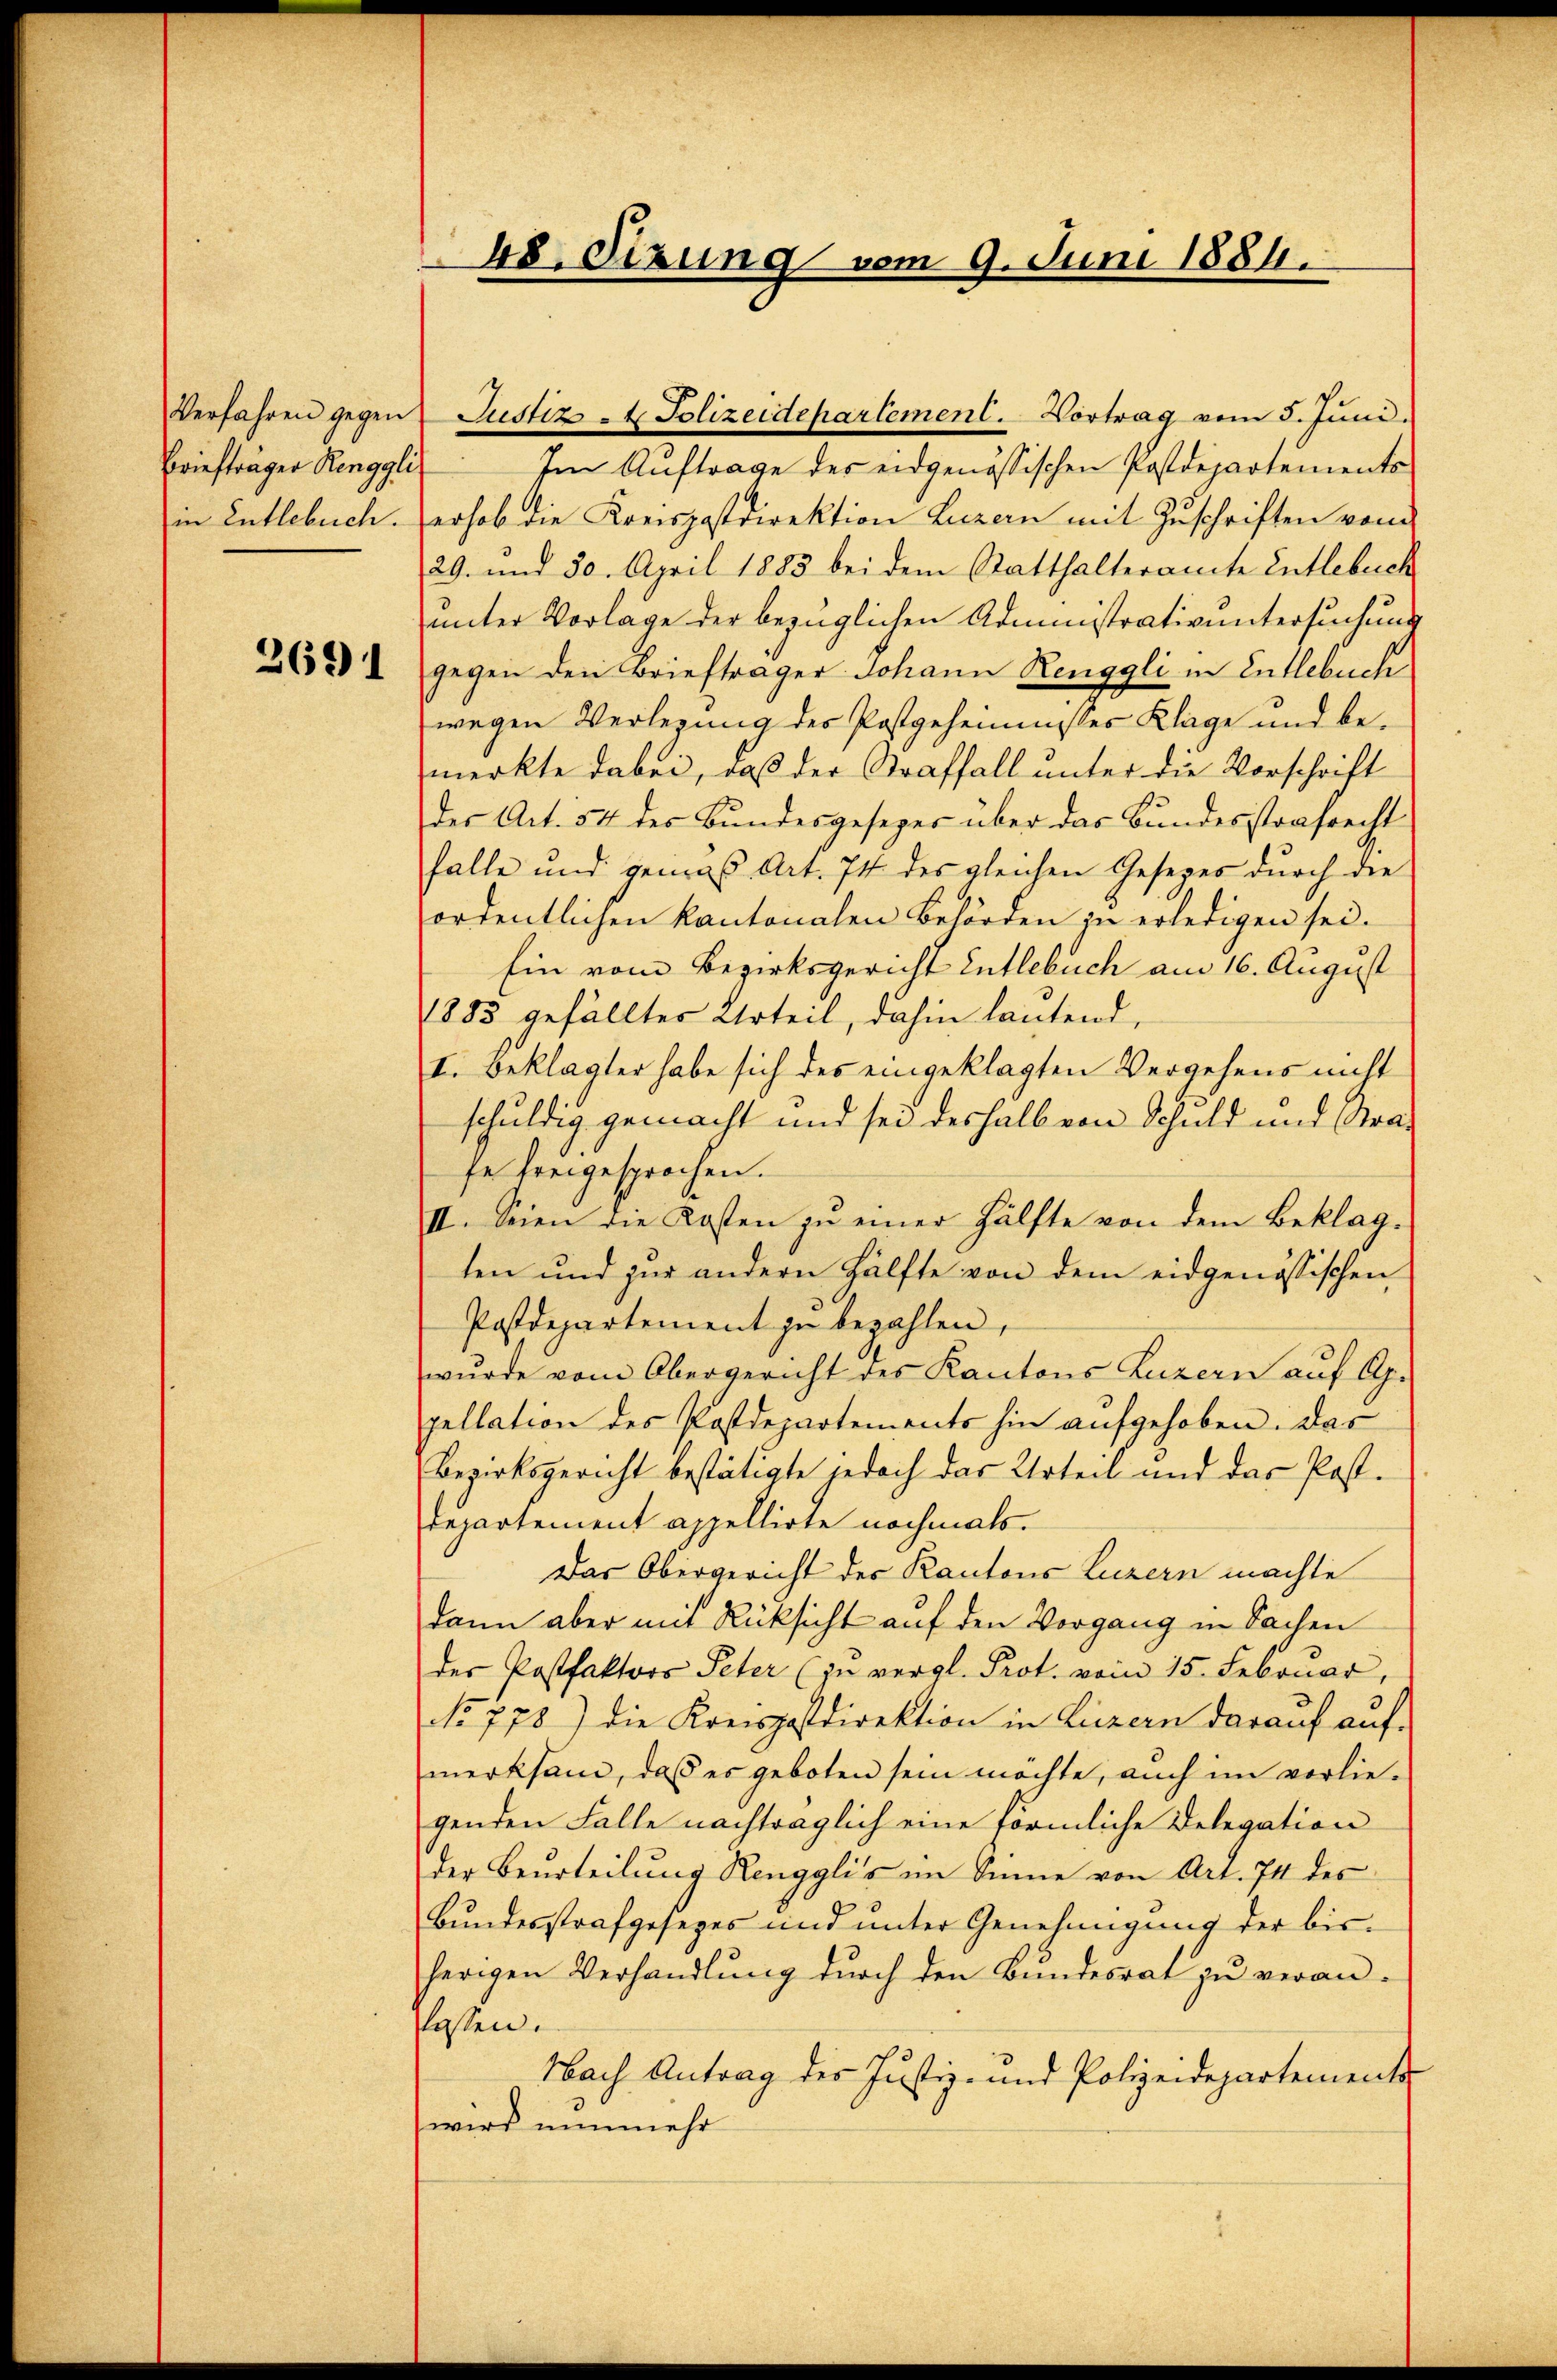
Verfahren gegen
Briefträger Renggli
in Entlebuch.

2691

48. Sizung vom 9. Juni 1884.

Justiz - Polizeidepartement. Vortrag vom 5. Juni.
Im Auftrage des eidgenössischen Postdepartements
erhob die Kreispostdirektion Luzern mit Zuschriften von
29. und 30. April 1883 bei dem Statthalteramte Entlebuch
unter Vorlage der bezüglichen Administrativuntersuchung
gegen den Briefträger Johann Renggli in Entlebuch
wegen Verlegung des Postgeheimisses Klage und bemerkte dabei, daß der Straffall unter die Vorschrift
der Art. 54 des Bundesgesezes über das Bundesstrafrecht
falle und gemäß Art. 74 des gleichen Gesetzes durch die
ordentlichen Kantonalen Behörden zu erledigen sei.
Ein vom Bezirksgericht Entlebuch am 16. August
1883 gefälltes Urteil, dahin lautend,
II. Beklagter habe sich des eingeklagten Vergehens nicht
schuldig gemacht und sei deshalb von Schuld und Strase freigesprochen.
II. Seien die Kosten zŭ einer Hälfte von dem Beklag-
ten und zur andern Hälfte von dem eidgenössischen
Postdepartement zu bezahlen,
wurde vom Obergericht des Kantons Luzern auf Ap.
pellation des Postdepartements hin aufgehoben. Das
Bezirksgericht bestätigte jedoch das Urteil und das Post-
Departement appellirte nochmals.
Das Obergericht des Kantons Luzern machte
dann aber mit Rücksicht auf den Vorgang in Sachen
des Postfaktors Peter (zu vergl. Prot. vom 15. Februar,
No 778) die Kreispostdirektion in Luzern darauf auf
merksam, daß es geboten sein möchte, auch im vorlie-
genden Falle nachträglich eine förmliche Delegation
der Beurteilung Renggli's im Sinne von Art. 74 des
Bŭndesstrafgesezes und ŭnter Genehmigŭng der bis-
herigen Verhandlung durch den Bundesrat zu veran-
flassen.
Nach Antrag des Justiz- und Polizeidepartements
wird nunmehr
.